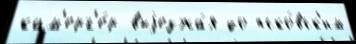
кам'ерг'е́р выjезжа́я до пско́вск'им